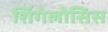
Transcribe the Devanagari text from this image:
शिंगेलोसिस